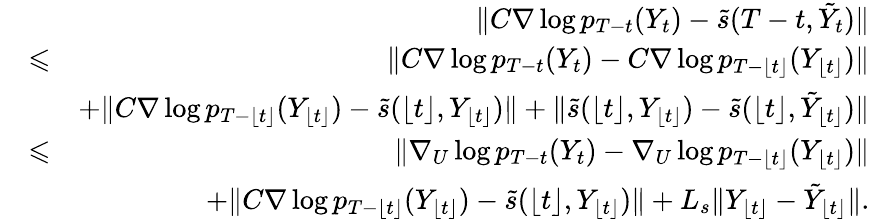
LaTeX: \begin{array}{rlr}&{}&{\| C\nabla\log p_{T-t}(Y_{t})-\tilde{s}(T-t,\tilde{Y}_{t})\| }\\ &{\leqslant}&{\| C\nabla\log p_{T-t}(Y_{t})-C\nabla\log p_{T-\lfloor t\rfloor}(Y_{\lfloor t\rfloor})\| }\\ &{}&{+\| C\nabla\log p_{T-\lfloor t\rfloor}(Y_{\lfloor t\rfloor})-\tilde{s}(\lfloor t\rfloor,Y_{\lfloor t\rfloor})\| +\| \tilde{s}(\lfloor t\rfloor,Y_{\lfloor t\rfloor})-\tilde{s}(\lfloor t\rfloor,\tilde{Y}_{\lfloor t\rfloor})\| }\\ &{\leqslant}&{\| \nabla_{U}\log p_{T-t}(Y_{t})-\nabla_{U}\log p_{T-\lfloor t\rfloor}(Y_{\lfloor t\rfloor})\| }\\ &{}&{+\| C\nabla\log p_{T-\lfloor t\rfloor}(Y_{\lfloor t\rfloor})-\tilde{s}(\lfloor t\rfloor,Y_{\lfloor t\rfloor})\| +L_{s}\| Y_{\lfloor t\rfloor}-\tilde{Y}_{\lfloor t\rfloor}\| .}\end{array}